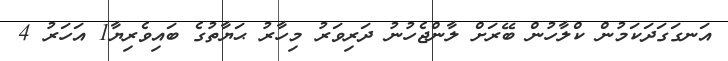
އަނގަގަދަކަމުން ކްލާހުން ބޭރަށް ލާންޖެހުނު ދަރިވަރު މިހާރު ޙަޔާތުގެ ބައިވެރިޔާ1 އަހަރު 4